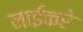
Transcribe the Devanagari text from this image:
नाईकरे